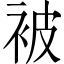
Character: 被